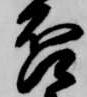
否